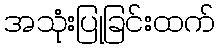
အသုံးပြုခြင်းထက်